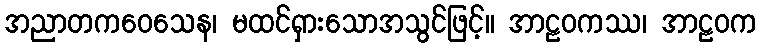
အညာတကဝေသေန၊ မထင်ရှားသောအသွင်ဖြင့်။ အာဠဝကဿ၊ အာဠဝက